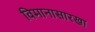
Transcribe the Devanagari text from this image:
विमानासारखा